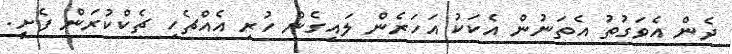
ދެން އެވަގުތު އެތަނުން އެކަކު އަހަރެން ލައިގެން ހުރި އެއްޗެހި ޗެކްކުރަން ފެށީ.